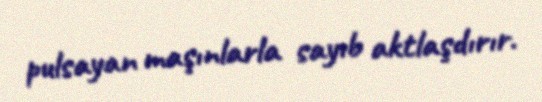
pulsayan maşınlarla sayıb aktlaşdırır.